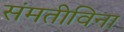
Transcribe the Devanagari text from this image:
संमतीविना